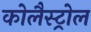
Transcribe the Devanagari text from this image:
कोलैस्ट्रोल